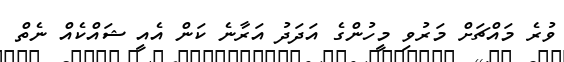
ވުރެ މައްޗަށް މަރުވި މީހުންގެ އަދަދު އަރާނެ ކަން އެއީ ޝައްކެއް ނެތް